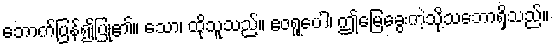
ဘောက်ပြန်၍ပြု၏။ သော၊ ထိုသူသည်။ ဧဝရူပေါ၊ ဤမြေခွေးကဲ့သို့သဘောရှိသည်။